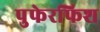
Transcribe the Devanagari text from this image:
पुफेरफिश